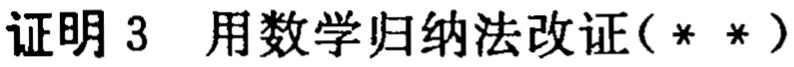
证明 3  用数学归纳法改证（* *）